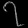
Digit: ၇